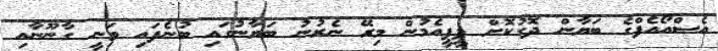
އެސްއޯއެފްގެ ބަޔާން ދޮގުކޮށް ޕީޕީއެމުން މިރޭ ނެރުނު ބަޔާނުގައި ބުނެފައި ވަނީ ގާނޫނާއި